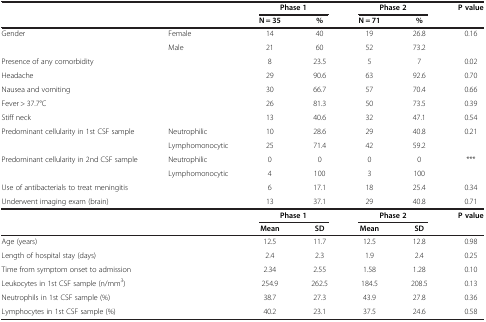
|  |  | <COLSPAN=2> Phase 1 | <COLSPAN=2> Phase 2 | P value |
 |  |  | N = 35 | % | N = 71 | % |  |
 | --- | --- | --- | --- | --- | --- | --- |
 | <ROWSPAN=2> Gender | Female | 14 | 40 | 19 | 26.8 | <ROWSPAN=2> 0.16 |
 | Male | 21 | 60 | 52 | 73.2 |
 | Presence of any comorbidity |  | 8 | 23.5 | 5 | 7 | 0.02 |
 | Headache |  | 29 | 90.6 | 63 | 92.6 | 0.70 |
 | Nausea and vomiting |  | 30 | 66.7 | 57 | 70.4 | 0.66 |
 | Fever > 37.7°C |  | 26 | 81.3 | 50 | 73.5 | 0.39 |
 | Stiff neck |  | 13 | 40.6 | 32 | 47.1 | 0.54 |
 | <ROWSPAN=2> Predominant cellularity in 1st CSF sample | Neutrophilic | 10 | 28.6 | 29 | 40.8 | <ROWSPAN=2> 0.21 |
 | Lymphomonocytic | 25 | 71.4 | 42 | 59.2 |
 | <ROWSPAN=2> Predominant cellularity in 2nd CSF sample | Neutrophilic | 0 | 0 | 0 | 0 | <ROWSPAN=2> *** |
 | Lymphomonocytic | 4 | 100 | 3 | 100 |
 | Use of antibacterials to treat meningitis |  | 6 | 17.1 | 18 | 25.4 | 0.34 |
 | Underwent imaging exam (brain) |  | 13 | 37.1 | 29 | 40.8 | 0.71 |
 | <COLSPAN=2>  | <COLSPAN=2> Phase 1 | <COLSPAN=2> Phase 2 | P value |
 | <COLSPAN=2>  | Mean | SD | Mean | SD |  |
 | <COLSPAN=2> Age (years) | 12.5 | 11.7 | 12.5 | 12.8 | 0.98 |
 | <COLSPAN=2> Length of hospital stay (days) | 2.4 | 2.3 | 1.9 | 2.4 | 0.25 |
 | <COLSPAN=2> Time from symptom onset to admission | 2.34 | 2.55 | 1.58 | 1.28 | 0.10 |
 | <COLSPAN=2> Leukocytes in 1st CSF sample (n/mm3) | 254.9 | 262.5 | 184.5 | 208.5 | 0.13 |
 | <COLSPAN=2> Neutrophils in 1st CSF sample (%) | 38.7 | 27.3 | 43.9 | 27.8 | 0.36 |
 | <COLSPAN=2> Lymphocytes in 1st CSF sample (%) | 40.2 | 23.1 | 37.5 | 24.6 | 0.58 |